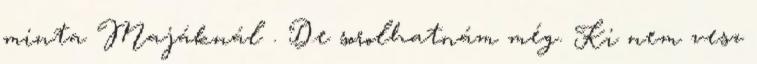
minta Majáknál . De sorolhatnám még. Ki nem vesz